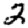
Digit: 2